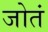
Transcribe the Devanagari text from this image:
जोतं